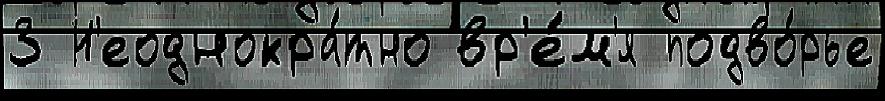
3 Н'еоднокра́тно вр'е́м'я подво́рье